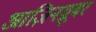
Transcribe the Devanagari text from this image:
आज़िनग्रूबर